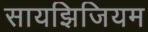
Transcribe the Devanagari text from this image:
सायझिजियम